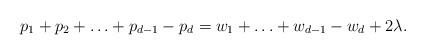
LaTeX: \begin{align*}p_1+p_2+\ldots+p_{d-1}-p_d=w_1+\ldots+w_{d-1}-w_d+2\lambda.\end{align*}